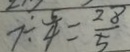
7 \div \frac { 5 } { 4 } = \frac { 2 8 } { 5 }